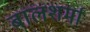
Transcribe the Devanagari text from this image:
बालशर्मा